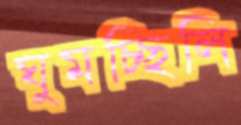
ঘুমচ্ছিলি